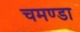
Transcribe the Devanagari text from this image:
चमण्डा